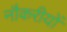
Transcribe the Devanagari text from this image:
नौकरीयों